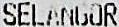
SELANGOR